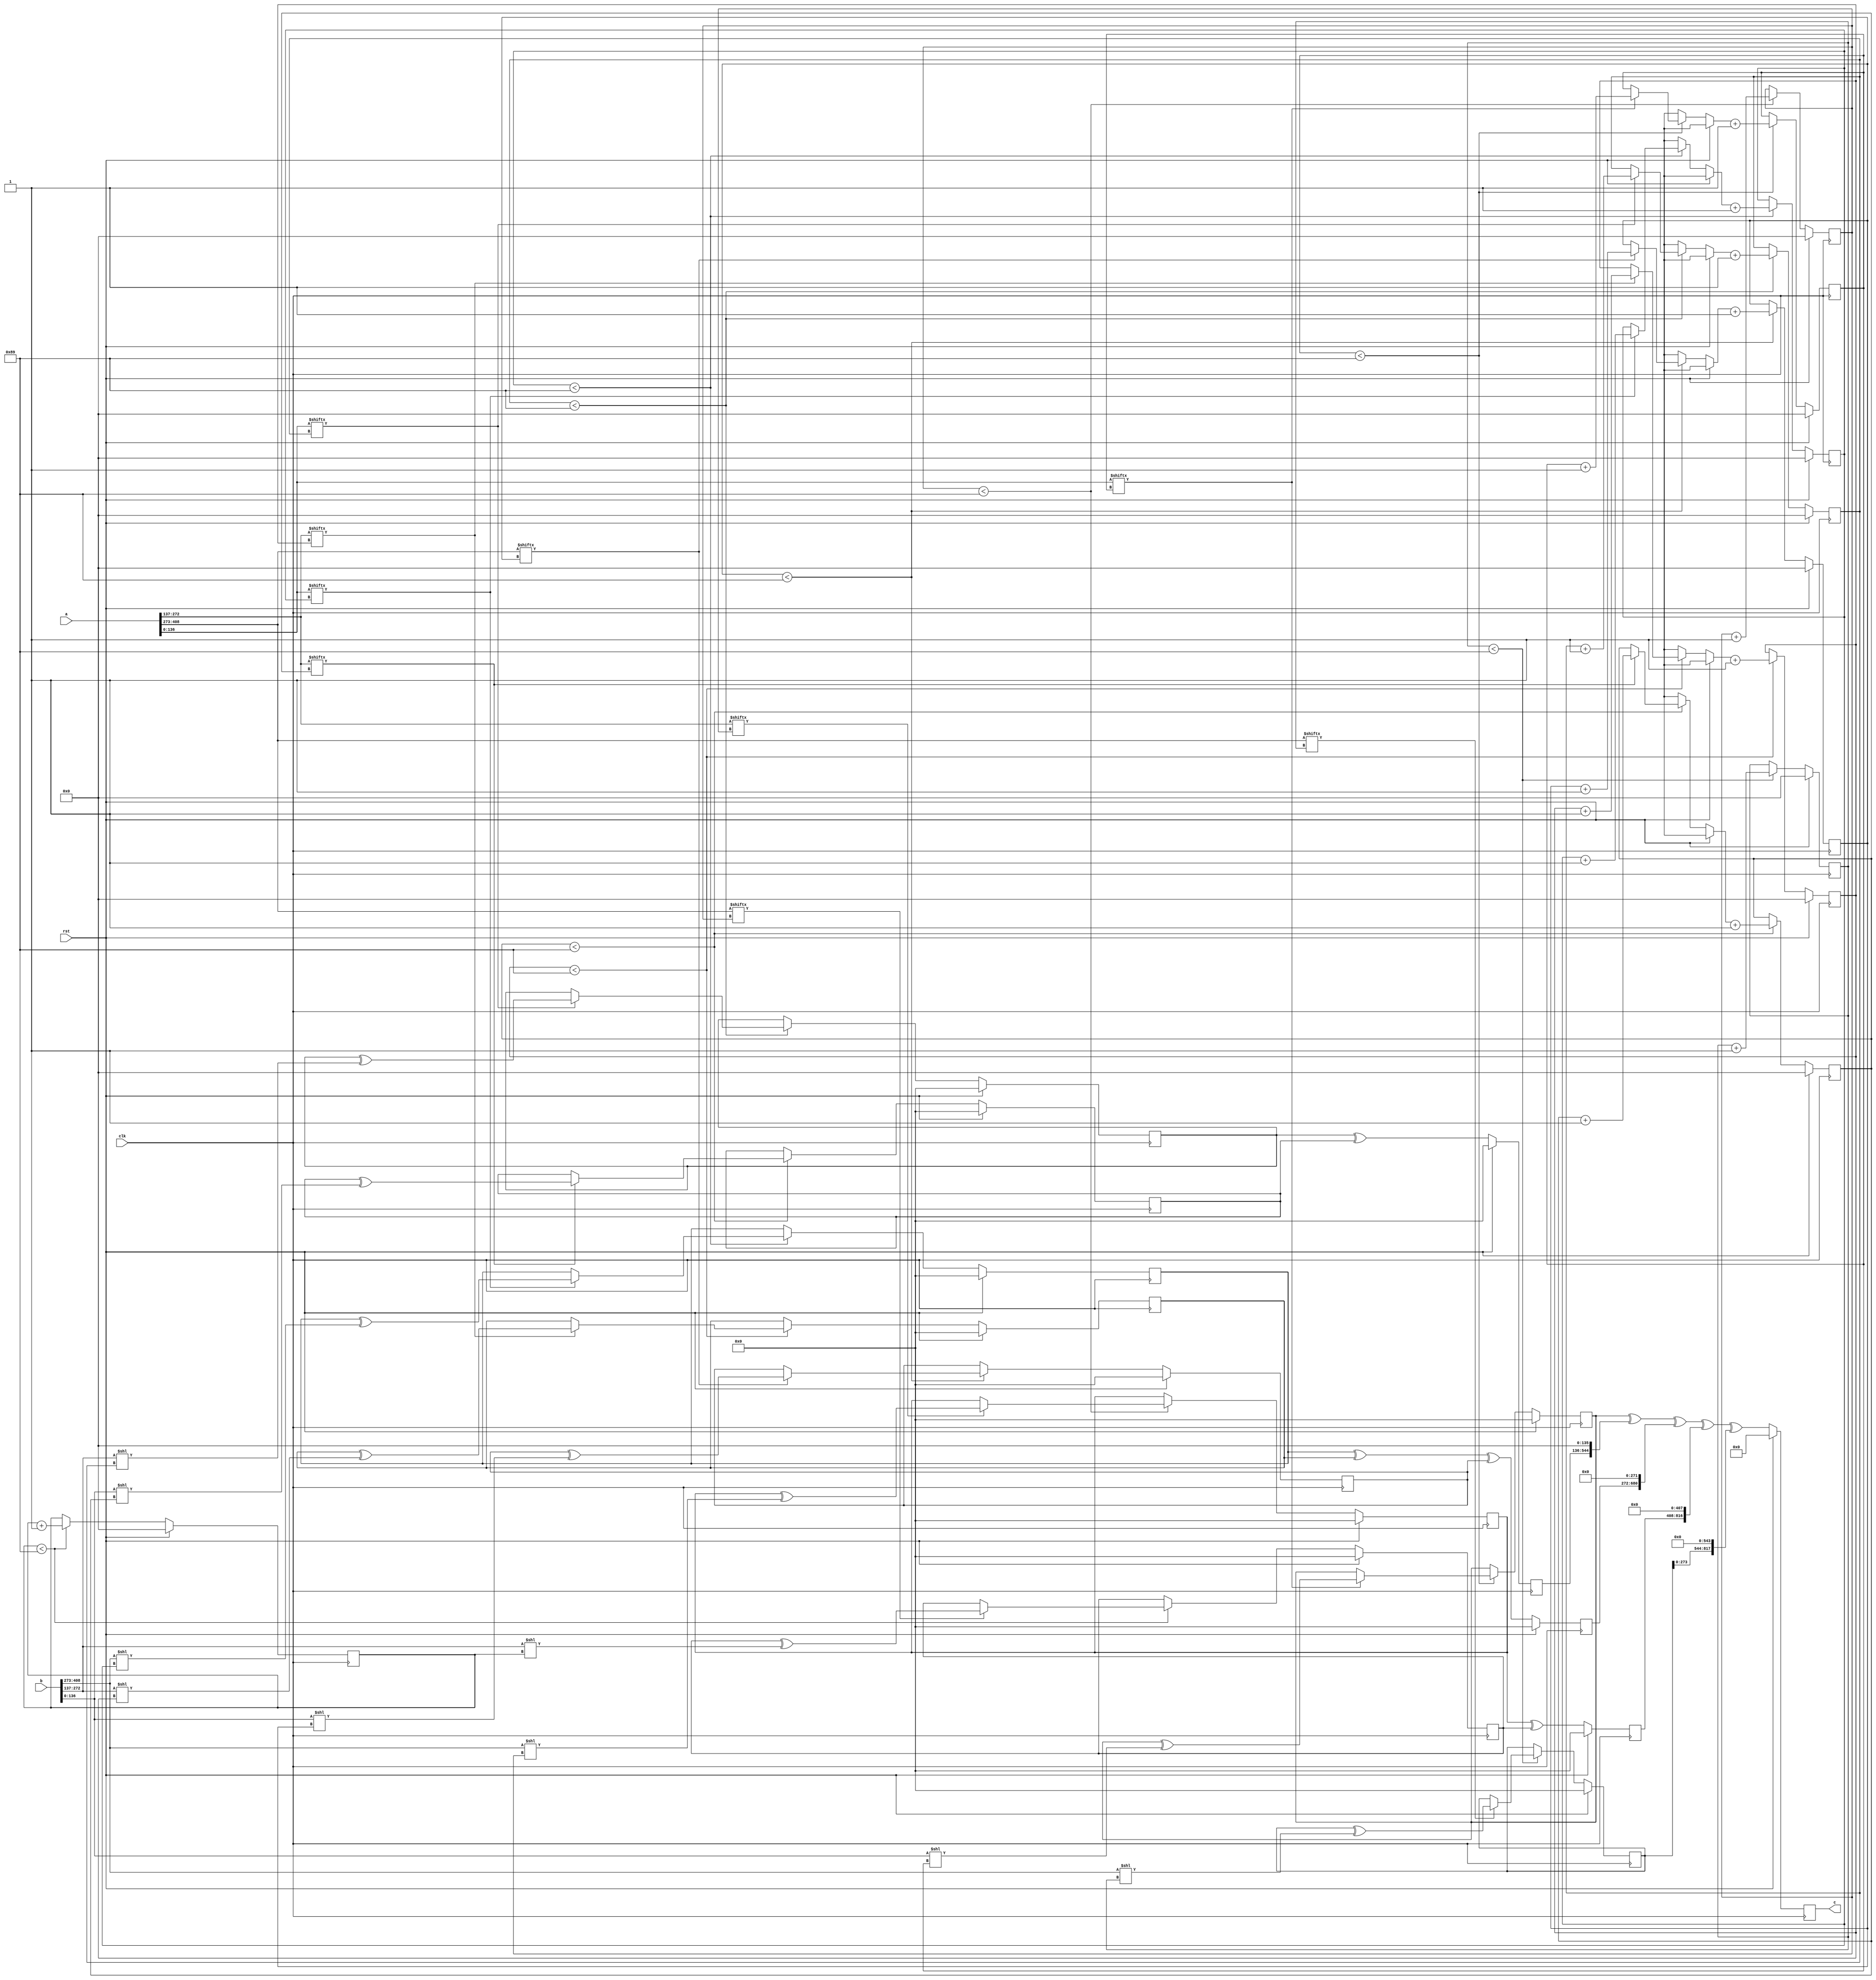
// TalTech large integer multiplier library
// Multiplier type: three_way_toom_cook
// Parameters: 409 409 1
// Target tool: genus
// Here, we split the input operands into three equal sizes409
module three_way_toom_cook(clk, rst, a, b, c);
input clk;
input rst;
input [408:0] a;
input [408:0] b;
output reg [817:0] c;

// Pipeline register declaration 
// no pipeline vars
// Wires declaration 
wire  [136:0] a0;
wire  [135:0] a1;
wire  [135:0] a2;
wire  [136:0] b0;
wire  [135:0] b1;
wire  [135:0] b2;

// Registers declaration 
reg  [135:0] counter_d;
reg  [135:0] counter_e1;
reg  [135:0] counter_e2;
reg  [135:0] counter_f1;
reg  [135:0] counter_f2;
reg  [135:0] counter_f3;
reg  [135:0] counter_g1;
reg  [135:0] counter_g2;
reg  [135:0] counter_h;
reg  [408:0] d;
reg  [408:0] e1_mul;
reg  [408:0] e2_mul;
reg  [408:0] e;
reg  [408:0] f1_mul;
reg  [408:0] f2_mul;
reg  [408:0] f3_mul;
reg  [408:0] f;
reg  [408:0] g1_mul;
reg  [408:0] g2_mul;
reg  [408:0] g;
reg  [408:0] h;
reg  [817:0] temp;

// Initial assignments to wires
assign a0 = a[136:0];
assign a1 = a[272:137];
assign a2 = a[408:273];
assign b0 = b[136:0];
assign b1 = b[272:137];
assign b2 = b[408:273];

// Step-1 of 3-Way TCM Multiplier
always @(posedge clk) begin
	if (rst) begin
		d <= 409'd0;
		counter_d <= 136'd0;
	end
	else if (counter_d < 137) begin
		if (a2[counter_d] == 1'b1) begin
			d <= d ^ (b2 << counter_d);
			counter_d <= counter_d + 1;
		end
		counter_d <= counter_d + 1;
	end
end

// Step-2 (Part-1) of 3-Way TCM Multiplier
always @(posedge clk) begin
	if (rst) begin
		e1_mul <= 409'd0;
		counter_e1 <= 136'd0;
	end
	else if (counter_e1 < 137) begin
		if (a1[counter_e1] == 1'b1) begin
			e1_mul <= e1_mul ^ (b2 << counter_e1);
			counter_e1 <= counter_e1 + 1;
		end
		counter_e1 <= counter_e1 + 1;
	end
end

// Step-2 (Part-2) of 3-Way TCM Multiplier
always @(posedge clk) begin
	if (rst) begin
		e2_mul <= 409'd0;
		counter_e2 <= 136'd0;
	end
	else if (counter_e2 < 137) begin
		if (a2[counter_e1] == 1'b1) begin
			e2_mul <= e2_mul ^ (b1 << counter_e2);
			counter_e2 <= counter_e2 + 1;
		end
		counter_e2 <= counter_e2 + 1;
	end
end

// Step-2 (Part-3) of 3-Way TCM Multiplier
always @(posedge clk) begin
	if (rst) begin
		e = 409'd0;
	end
	else begin
		e = e1_mul ^ e2_mul; 
	end
end

// Step-3 (Part-1) of 3-Way TCM Multiplier
always @(posedge clk) begin
	if (rst) begin
		f1_mul = 409'd0;
		counter_f1 = 136'd0;
	end
	else if (counter_f1 < 137) begin
		if (a0[counter_f1] == 1'b1) begin
			f1_mul = f1_mul ^ (b2 << counter_f1);
			counter_f1 = counter_f1 + 1;
		end
		counter_f1 = counter_f1 + 1;
	end
end

// Step-3 (Part-2) of 3-Way TCM Multiplier
always @(posedge clk) begin
	if (rst) begin
		f2_mul = 409'd0;
		counter_f2 = 136'd0;
	end
	else if (counter_f2 < 137) begin
		if (a1[counter_f2] == 1'b1) begin
			f2_mul = f2_mul ^ (b1 << counter_f2);
			counter_f2 = counter_f2 + 1;
		end
		counter_f2 = counter_f2 + 1;
	end
end

// Step-3 (Part-3) of 3-Way TCM Multiplier
always @(posedge clk) begin
	if (rst) begin
		f3_mul = 409'd0;
		counter_f3 = 136'd0;
	end
	else if (counter_f3 < 137) begin
		if (a2[counter_f3] == 1'b1) begin
			f3_mul = f3_mul ^ (b0 << counter_f3);
			counter_f3 = counter_f3 + 1;
		end
		counter_f3 = counter_f3 + 1;
	end
end

// Step-3 (Part-4) of 3-Way TCM Multiplier
always @(posedge clk) begin
	if (rst) begin
		f = 409'd0;
	end
	else begin
		f = f1_mul ^ f2_mul ^ f3_mul; 
	end
end

// Step-4 (Part-1) of 3-Way TCM Multiplier
always @(posedge clk) begin
	if (rst) begin
		g1_mul = 409'd0;
		counter_g1 = 136'd0;
	end
	else if (counter_g1 < 137) begin
		if (a0[counter_g1] == 1'b1) begin
			g1_mul = g1_mul ^ (b1 << counter_g1);
			counter_g1 = counter_g1 + 1;
		end
		counter_g1 = counter_g1 + 1;
	end
end

// Step-4 (Part-2) of 3-Way TCM Multiplier
always @(posedge clk) begin
	if (rst) begin
		g2_mul = 409'd0;
		counter_g2 = 136'd0;
	end
	else if (counter_g2 < 137) begin
		if (a1[counter_g2] == 1'b1) begin
			g2_mul = g2_mul ^ (b0 << counter_g2);
			counter_g2 = counter_g2 + 1;
		end
		counter_g2 = counter_g2 + 1;
	end
end

// Step-4 (Part-3) of 3-Way TCM Multiplier
always @(posedge clk) begin
	if (rst) begin
		g = 409'd0;
	end
	else begin
		g = g1_mul ^ g2_mul; 
	end
end

// Step-5 of 3-Way TCM Multiplier
always @(posedge clk) begin
	if (rst) begin
		h = 409'd0;
		counter_h = 136'd0;
	end
	else if (counter_h < 137) begin
		if (a0[counter_h] == 1'b1) begin
			h = h ^ (b0 << counter_h);
			counter_h = counter_h + 1;
		end
	counter_h = counter_h + 1;
	end
end

// Step-6 of 3-Way TCM Multiplier
always @(posedge clk) begin
	if (rst) begin
		temp = 818'd0;
		c = 818'd0;
	end
	else begin
		temp = h;
		temp = temp ^ (g << 136);
		temp = temp ^ (f << 272);
		temp = temp ^ (e << 408);
		temp = temp ^ (d << 544);
		c = temp;
	end
end
endmodule